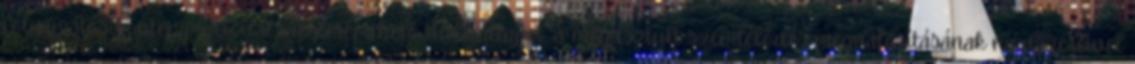
folyamatos kontemplációval megteremthető tudatállapot, a megtisztult szemlélődés megvalósításának módszereivel